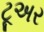
ટૂઅર